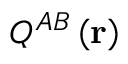
Q ^ { A B } \left( \mathbf { r } \right)